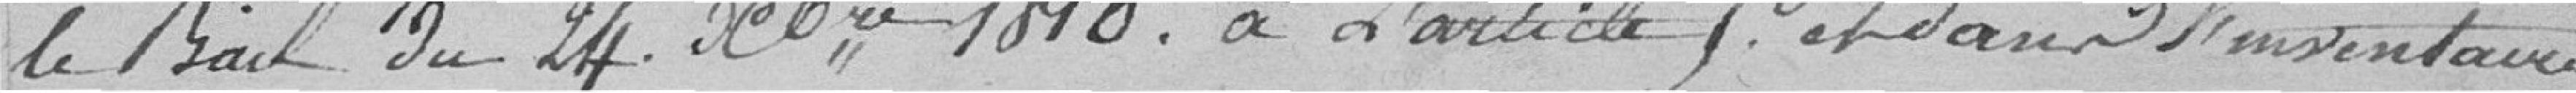
le bail du 24 Octobre 1810. à l'article 5 et dans l'inventaire